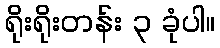
ရိုးရိုးတန်း ၃ ခုံပါ။